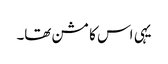
یہی اس کا مشن تھا۔